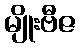
မျိုးဗီဇ